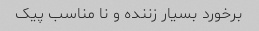
برخورد بسیار زننده و نا مناسب پیک